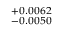
^ { + 0 . 0 0 6 2 } _ { - 0 . 0 0 5 0 }